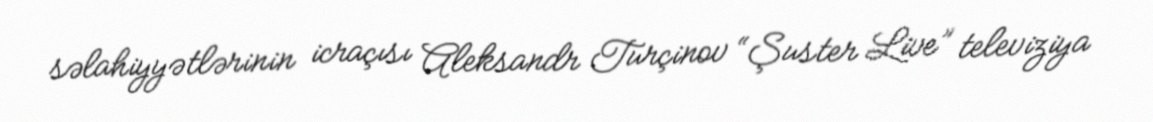
səlahiyyətlərinin icraçısı Aleksandr Turçinov “Şuster Live” televiziya